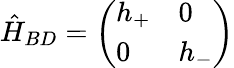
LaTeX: \hat{H}_{BD}=\left(\begin{array}{ll}{h_{+}}&{0}\\ {0}&{h_{-}}\end{array}\right)